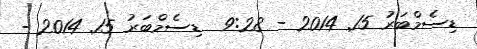
ޑިސެމްބަރު 15